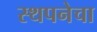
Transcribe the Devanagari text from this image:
स्थपनेचा